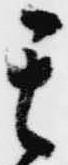
其